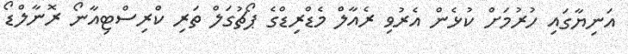
އަނިޔާގައި ހުރުމަށް ކުޅެން އެރުވި ރެއާލް މެޑްރިޑްގެ ޕޯޗުގަލް ތަރި ކްރިސްޓިއާނޯ ރޮނާލްޑޯ